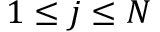
1 \le j \le N